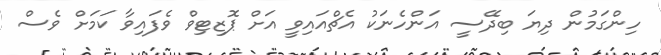
ހިންގަމުން ދިޔަ ބިދޭސީ އަންހެނަކު އެޗްއައިވީ އަށް ޕޮޒިޓިވް ވެފައިވާ ކަމަށް ވެސް